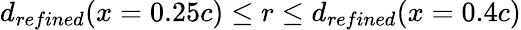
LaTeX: d_{refined}(x=0.25c)\leq r\leq d_{refined}(x=0.4c)